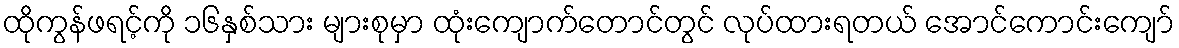
ထိုကွန်ဖရင့်ကို ၁၆နှစ်သား များစုမှာ ထုံးကျောက်တောင်တွင် လုပ်ထားရတယ် အောင်ကောင်းကျော်